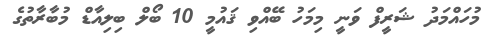
މުހައްމަދު ޝަރީފް ވަނީ މިމަހު ބޭއްވި ޤައުމީ 10 ބޯލް ބިލިއާޑް މުބާރާތުގެ